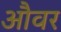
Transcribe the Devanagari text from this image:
औवर